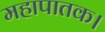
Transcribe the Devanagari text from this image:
महापातक।